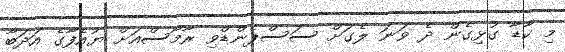
މި ކާޑާ ގުޅިގެން ދެ ވަނަ ލެގަށް ސަސްޕެންޑްވި ރާމޯސްއަށް ޔުއެފާގެ އަދަބާ